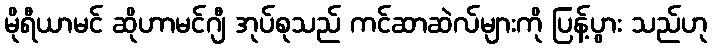
မိုရီယာမင် ဆိုဟာမင်ဂျီ အုပ်စုသည် ကင်ဆာဆဲလ်များကို ပြန့်ပွား သည်ဟု